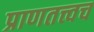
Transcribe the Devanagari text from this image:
प्राणतत्त्वच